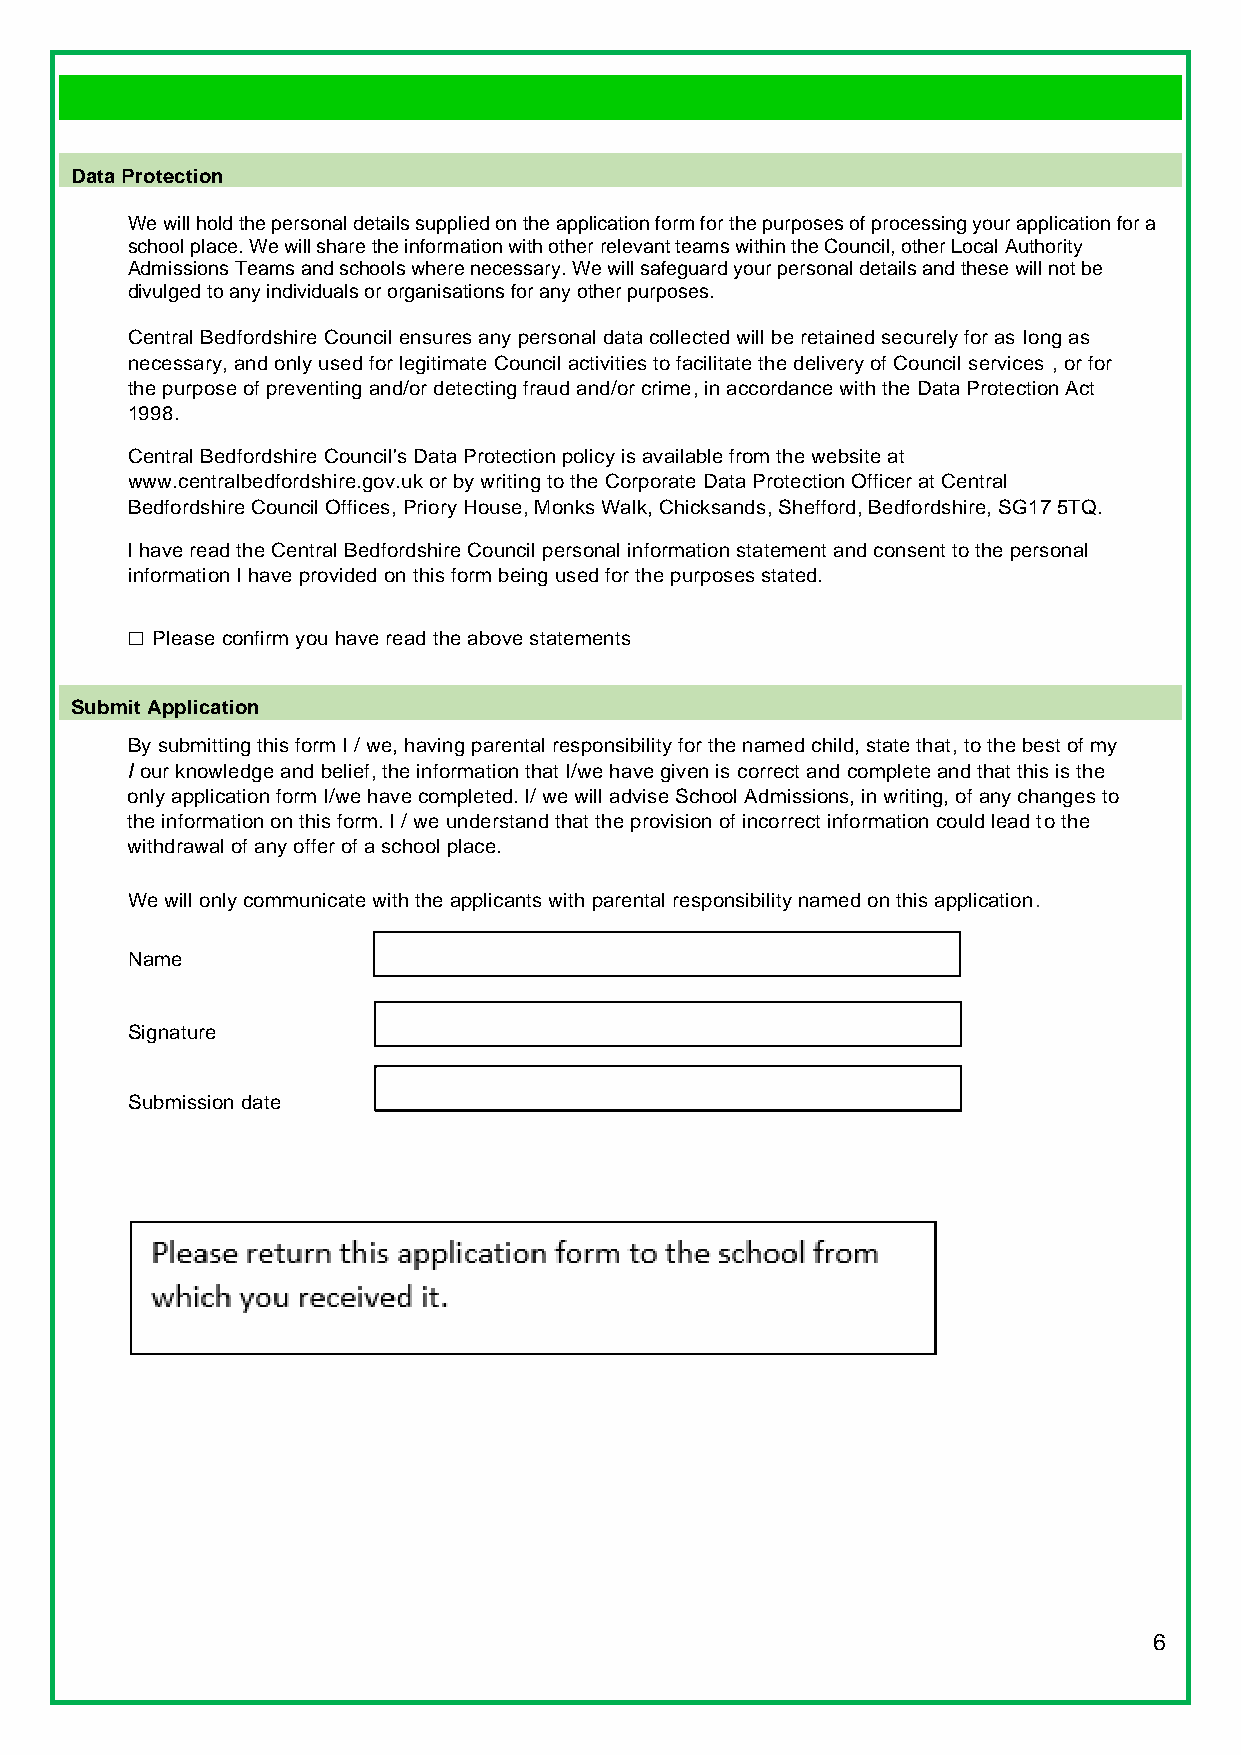
Data Protection
 We will hold the personal details supplied on the application form for the purposes of processing your application for a
 school place. We will share the information with other relevant teams within the Council, other Local Authority
 Admissions Teams and schools where necessary. We will safeguard your personal details and these will not be
 divulged to any individuals or organisations for any other purposes.
 Central Bedfordshire Council ensures any personal data collected will be retained securely for as long as
 necessary, and only used for legitimate Council activities to facilitate the delivery of Council services , or for
 the purpose of preventing and/or detecting fraud and/or crime, in accordance with the Data Protection Act
 1998.
 Central Bedfordshire Council's Data Protection policy is available from the website at
 www.centralbedfordshire.gov.uk or by writing to the Corporate Data Protection Officer at Central
 Bedfordshire Council Offices, Priory House, Monks Walk, Chicksands, Shefford, Bedfordshire, SG17 5TQ.
 I have read the Central Bedfordshire Council personal information statement and consent to the personal
 information I have provided on this form being used for the purposes stated.
 □
 Please confirm you have read the above statements
 Submit Application
 By submitting this form I / we, having parental responsibility for the named child, state that, to the best of my
 I our knowledge and belief, the information that I/we have given is correct and complete and that this is the
 only application form I/we have completed. I/ we will advise School Admissions, in writing, of any changes to
 the information on this form. I / we understand that the provision of incorrect information could lead to the
 withdrawal of any offer of a school place.
 We will only communicate with the applicants with parental responsibility named on this application.
 Name
 Signature
 Submission date
 Please send your completed application to
 School Admissions
 Central Bedfordshire Council Watling
 House
 Dunstable LU6
 1LF
 If you would like confirmation, we have received your application please include a self-addressed stamped
 envelope.
 If you have any questions regarding the process, please contact:
 Central Bedfordshire Council
 School Admissions
 www.centralbedfordshire.gov.uk/admissions
 0300 300 8037
 admissions@centralbedfordshire.gov.uk
 6